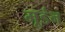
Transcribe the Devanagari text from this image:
मूडंन